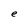
Character: e